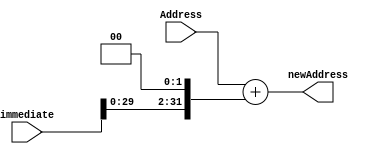
`timescale 1ns / 1ps
//////////////////////////////////////////////////////////////////////////////////
// Company: 
// Engineer: 
// 
// Design Name: 
// Module Name: PCi
// Project Name: 
// Target Devices: 
// Tool Versions: 
// Description: 
// 
// Dependencies: 
// 
// Revision:
// Revision 0.01 - File Created
// Additional Comments:
// 
//////////////////////////////////////////////////////////////////////////////////


module PCi(
    input [31:0] Address,
    input [31:0] immediate,
    output [31:0] newAddress
    );
    
    assign newAddress = Address + (immediate << 2);
    
endmodule